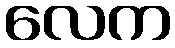
လေက